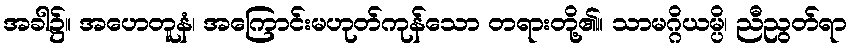
အခါ၌။ အဟေတူနံ၊ အကြောင်းမဟုတ်ကုန်သော တရားတို့၏။ သာမဂ္ဂိယမ္ပိ၊ ညီညွတ်ရာ